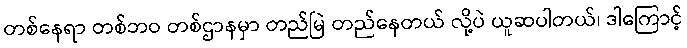
တစ်နေရာ တစ်ဘဝ တစ်ဌာနမှာ တည်မြဲ တည်နေတယ် လို့ပဲ ယူဆပါတယ်၊ ဒါကြောင့်